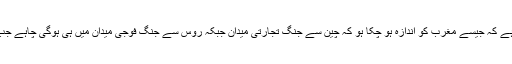
ایسا لگتا ہے کہ جیسے مغرب کو اندازہ ہو چکا ہو کہ چین سے جنگ تجارتی میدان جبکہ روس سے جنگ فوجی میدان میں ہی ہوگی چاہے جب بھی ہو۔